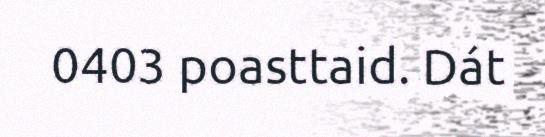
0403 poasttaid. Dát